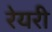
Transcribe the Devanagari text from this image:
रेयरी